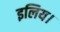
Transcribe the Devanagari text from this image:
इलिय।